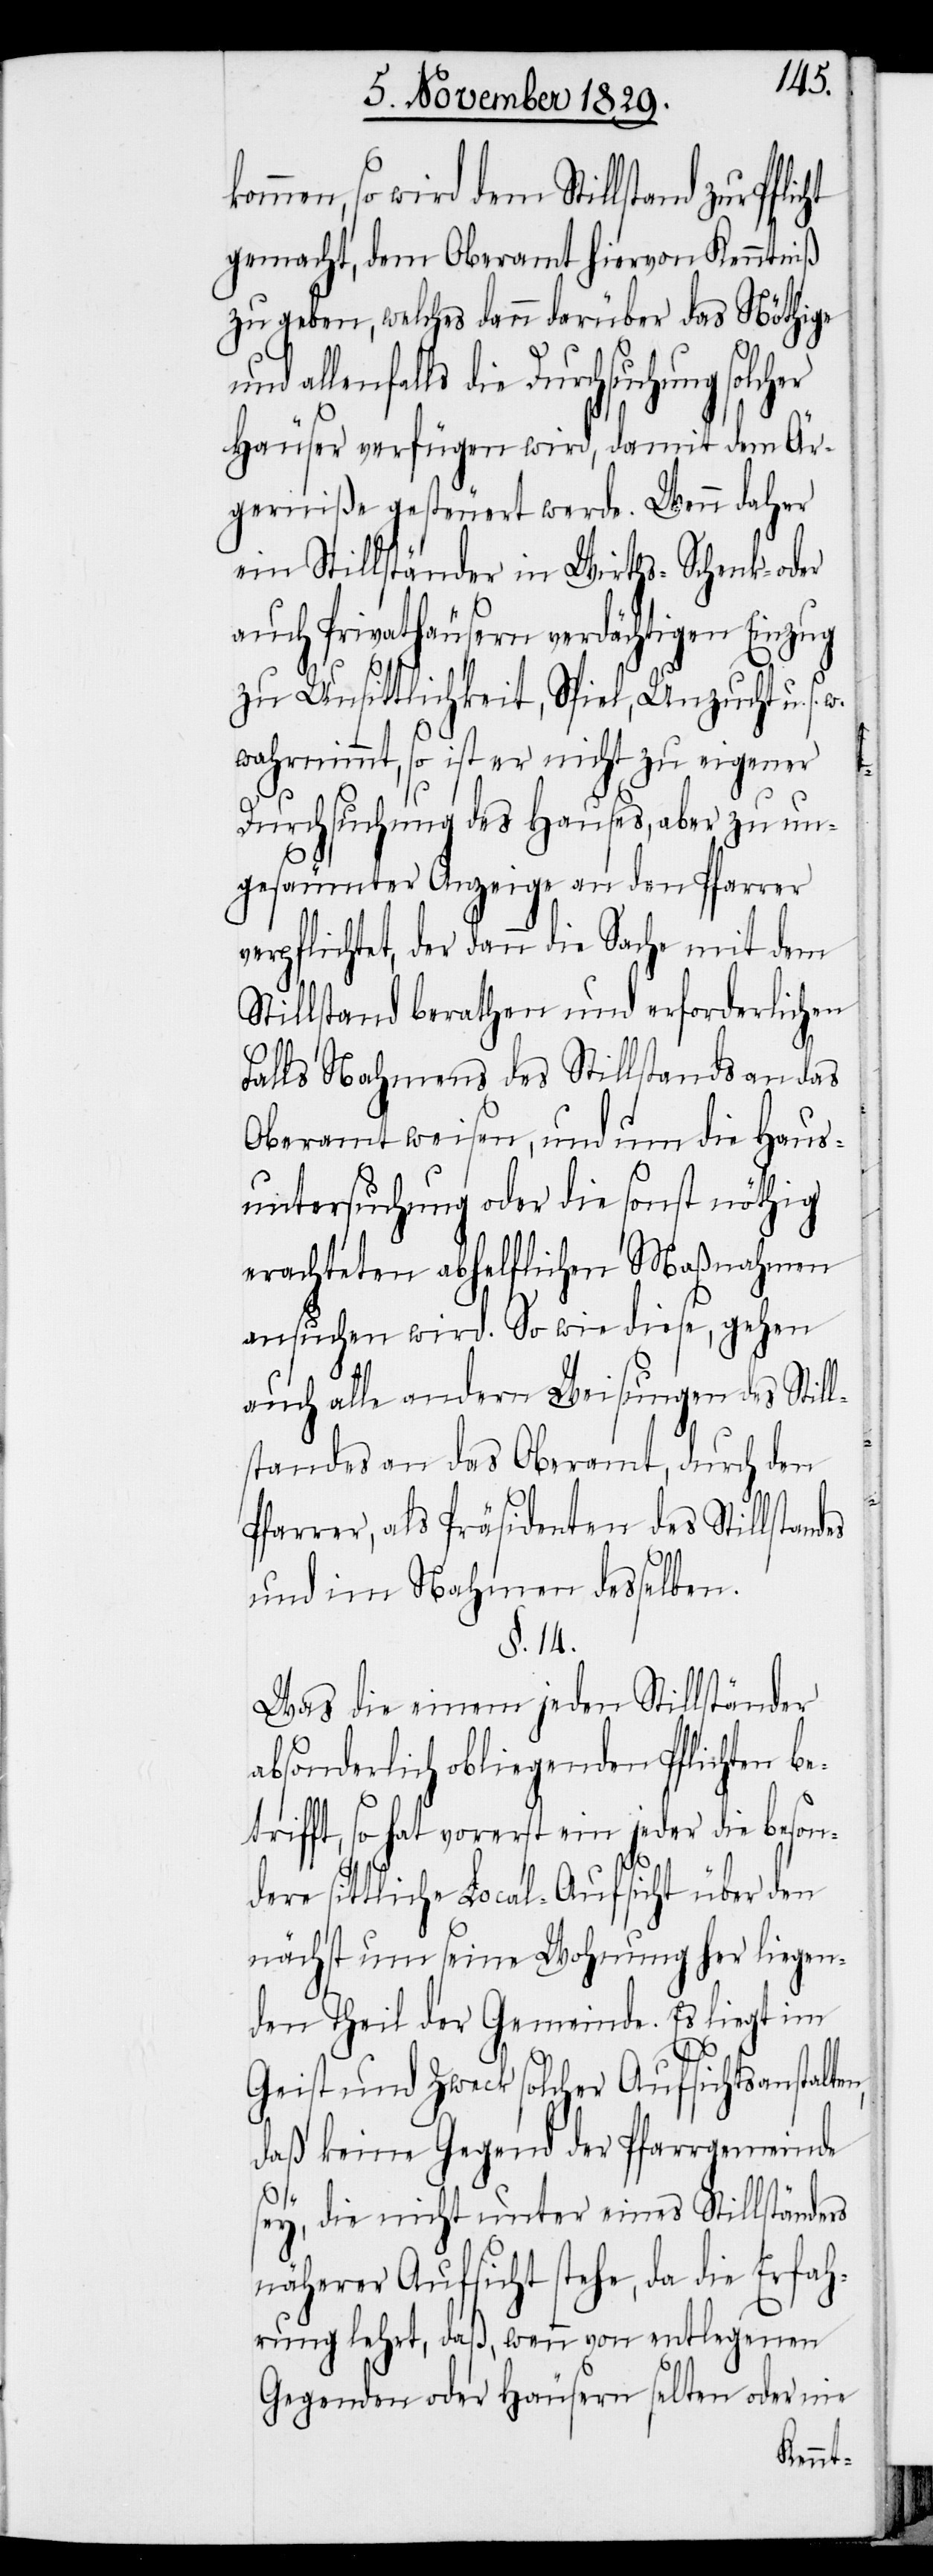
men, so wird dem Stillstand zur Pfli¬
gemacht, dem Oberamt hiervon Kenntniß
zu geben, welches dann darüber das Nöthige
allenfalls die Durchsuchung solcher
Häuser verfügen wird, damit dem Är¬
gerniße gesteuert werde. Wenn daher
ein Stillständer in Wirths- Schenk- oder
auch Privathäusern verdächtigen Einzug
zu Unsittlichkeit, Spiel, Unzucht u. s.
wahrnimmt, so ist er nicht zu eigener
Durchsuchung des Hauses, aber zu un¬
gesäumter Anzeige an den Pfarrer
verpflichtet, der dann die Sache mit dem
Stillstand berathen und erforderlichen
Falls Nahmens des Stillstands an das
Oberamt weisen, und um die Haus¬
untersuchung oder die sonst nöthig
erachteten abhelflichen Maßnahmen
ansuchen wird. So wie diese, gehen
cht
auch alle andern Weisungen des Still¬
standes an das Oberamt, durch den
Pfarrer, als Präsidenten des Stillstandes
und im Nahmen desselben.
§. 14.
Was die einem jeden Stillständer
absonderlich obligenden Pflichten be¬
trifft, so hat vorerst ein jeder die beson¬
dere sittliche Local-Aufsicht über den
nächst um seine Wohnung her liegen¬
den Theil der Gemeinde. Es liegt im
Geist und Zweck solcher Aufsichtsanstalte¬
daß keine Gegend der Pfarrgemeinde
sey, die nicht unter eines Stillständers
näherer Aufsicht stehe, da die Erfah¬
rung lehrt, daß, wenn von entlegenen
Gegenden oder Häusern selten oder nie

n,